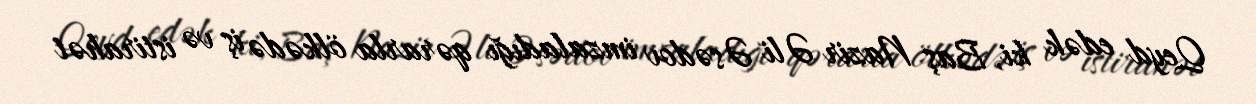
Qeyd edək ki, Baş Nazir Əli Əsədov imzaladığı qərarla ölkədə iş və istirahət